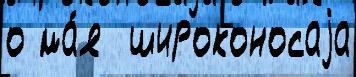
о ма́я  широконосаjа